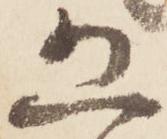
恐